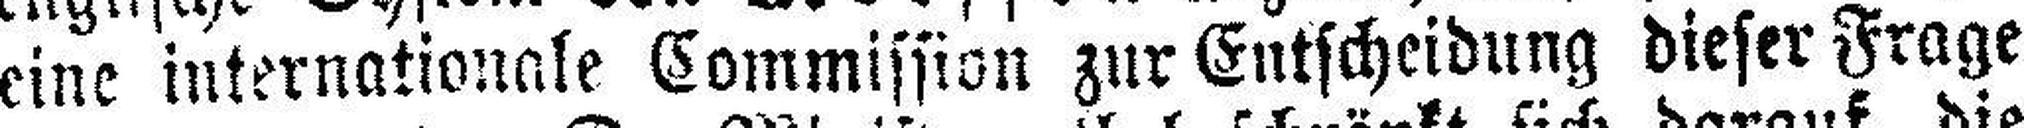
eine internationale Commission zur Entscheidung dieser Frage